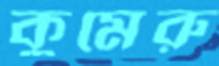
কুমেরু